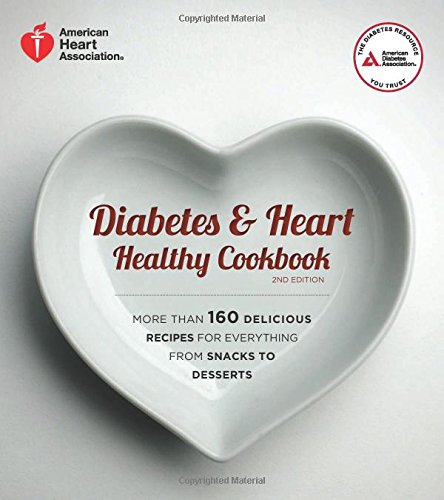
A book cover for Diabetes and Heart Healthy Cookbook; American Diabetes Association; Cookbooks, Food & Wine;